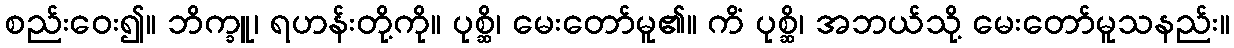
စည်းဝေး၍။ ဘိက္ခူ၊ ရဟန်းတို့ကို။ ပုစ္ဆိ၊ မေးတော်မူ၏။ ကိံ ပုစ္ဆိ၊ အဘယ်သို့ မေးတော်မူသနည်း။